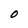
Character: O